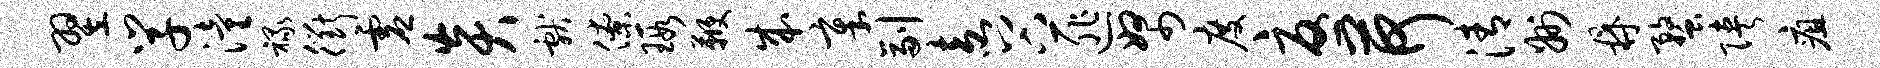
翌学潼禄衢虚炎献僚瑕鞭成章副盍谷匪帑度忧荷清州鼎蝥陕疽